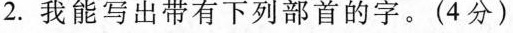
2. 我能写出带有下列部首的字。（4 分）